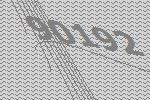
90192